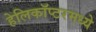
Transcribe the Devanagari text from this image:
हेलिकॉप्टरमध्ये